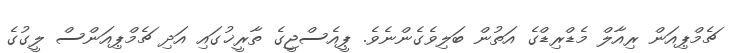
ޗެމްޕިއަން ރިއާލް މެޑްރިޑްގެ އަތުން ބަލިވެގެންނެވެ. ޕީއެސްޖީގެ ތާރީޚުގައި އަދި ޗެމްޕިއަންސް ލީގުގެ